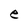
Character: e